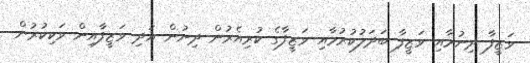
ވަޒީފާ ދިނުމާއި ވަޒީފާ ބަދަލުކުރުމާއި ވަޒީފާގެ ކުރިއެރުން ދިނުން އަދި ވަޒީފާއިން ވަކިކުރުން